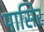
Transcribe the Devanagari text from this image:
पासिर